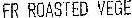
FR ROASTED VEGE